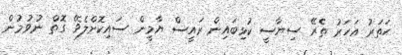
ހަތަރު އަހަރު ތެރޭ ސިޔާސީ ކުޅިބައިން ރައީސް ޔާމީން ސައިކޮށްލެވޭ ގޮތް ނުވުމުން